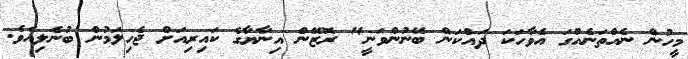
މީހުން ނެއްތަނެއްގަ އެވާހަކަ ދައްކަން ބޭނުންވަނީ" ރޮޒޭން އިނާޔާގެ ކައިރިއަށް ޖެހިލަމުން ބުނެލިއެވެ.